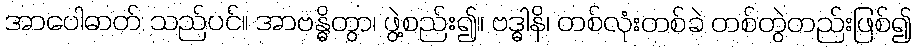
အာပေါဓာတ် သည်ပင်။ အာဗန္ဓိတွာ၊ ဖွဲ့စည်း၍။ ဗဒ္ဓါနိ၊ တစ်လုံးတစ်ခဲ တစ်တွဲတည်းဖြစ်၍